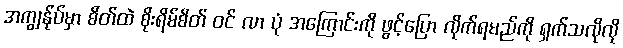
အကျွန်ုပ်မှာ စိတ်ထဲ စိုးရိမ်စိတ် ဝင် လာ ပုံ အကြောင်းကို ဖွင့်ပြော လိုက်ရမည်ကို ရှက်သလိုလို